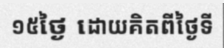
១៥ថ្ងៃ ដោយគិតពីថ្ងៃទី